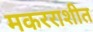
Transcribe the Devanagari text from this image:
मकरराशीत